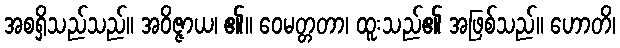
အစရှိသည်သည်။ အဝိဇ္ဇာယ၊ ၏။ ဝေမတ္တတာ၊ ထူးသည်၏ အဖြစ်သည်။ ဟောတိ၊